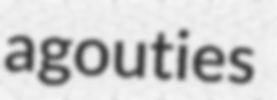
agouties